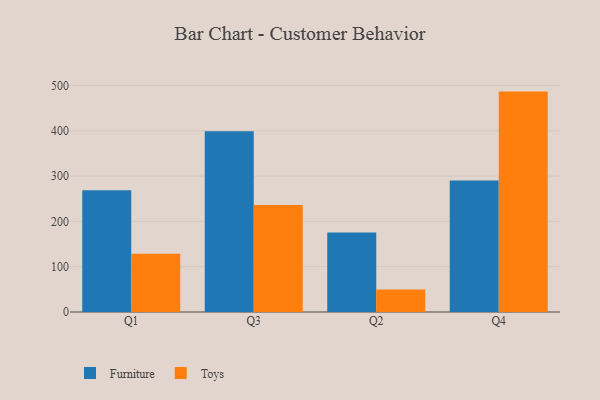
{"axis": {"x": "Quarter", "y": "Revenue (USD Million)"}, "legend": ["Furniture", "Toys"], "data": [{"x": "Q1", "y": 268.9, "type": "Furniture"}, {"x": "Q1", "y": 128.7, "type": "Toys"}, {"x": "Q3", "y": 399.2, "type": "Furniture"}, {"x": "Q3", "y": 236.3, "type": "Toys"}, {"x": "Q2", "y": 175.4, "type": "Furniture"}, {"x": "Q2", "y": 49.5, "type": "Toys"}, {"x": "Q4", "y": 290.1, "type": "Furniture"}, {"x": "Q4", "y": 486.5, "type": "Toys"}]}